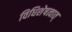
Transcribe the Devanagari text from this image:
विधिशेषत्वात्